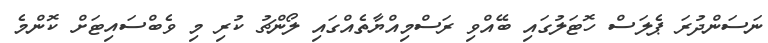
ނަސަންދުރަ ޕެލަސް ހޮޓަލުގައި ބޭއްވި ރަސްމިއްޔާތެއްގައި ލޯންޗު ކުރި މި ވެބްސައިޓަށް ކޮންމެ